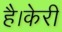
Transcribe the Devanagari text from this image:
है।केरी